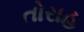
તોરાહ